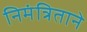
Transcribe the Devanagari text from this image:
निमंत्रिताने